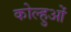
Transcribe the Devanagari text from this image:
कोल्हुओं